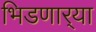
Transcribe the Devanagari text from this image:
भिडणार्‍या